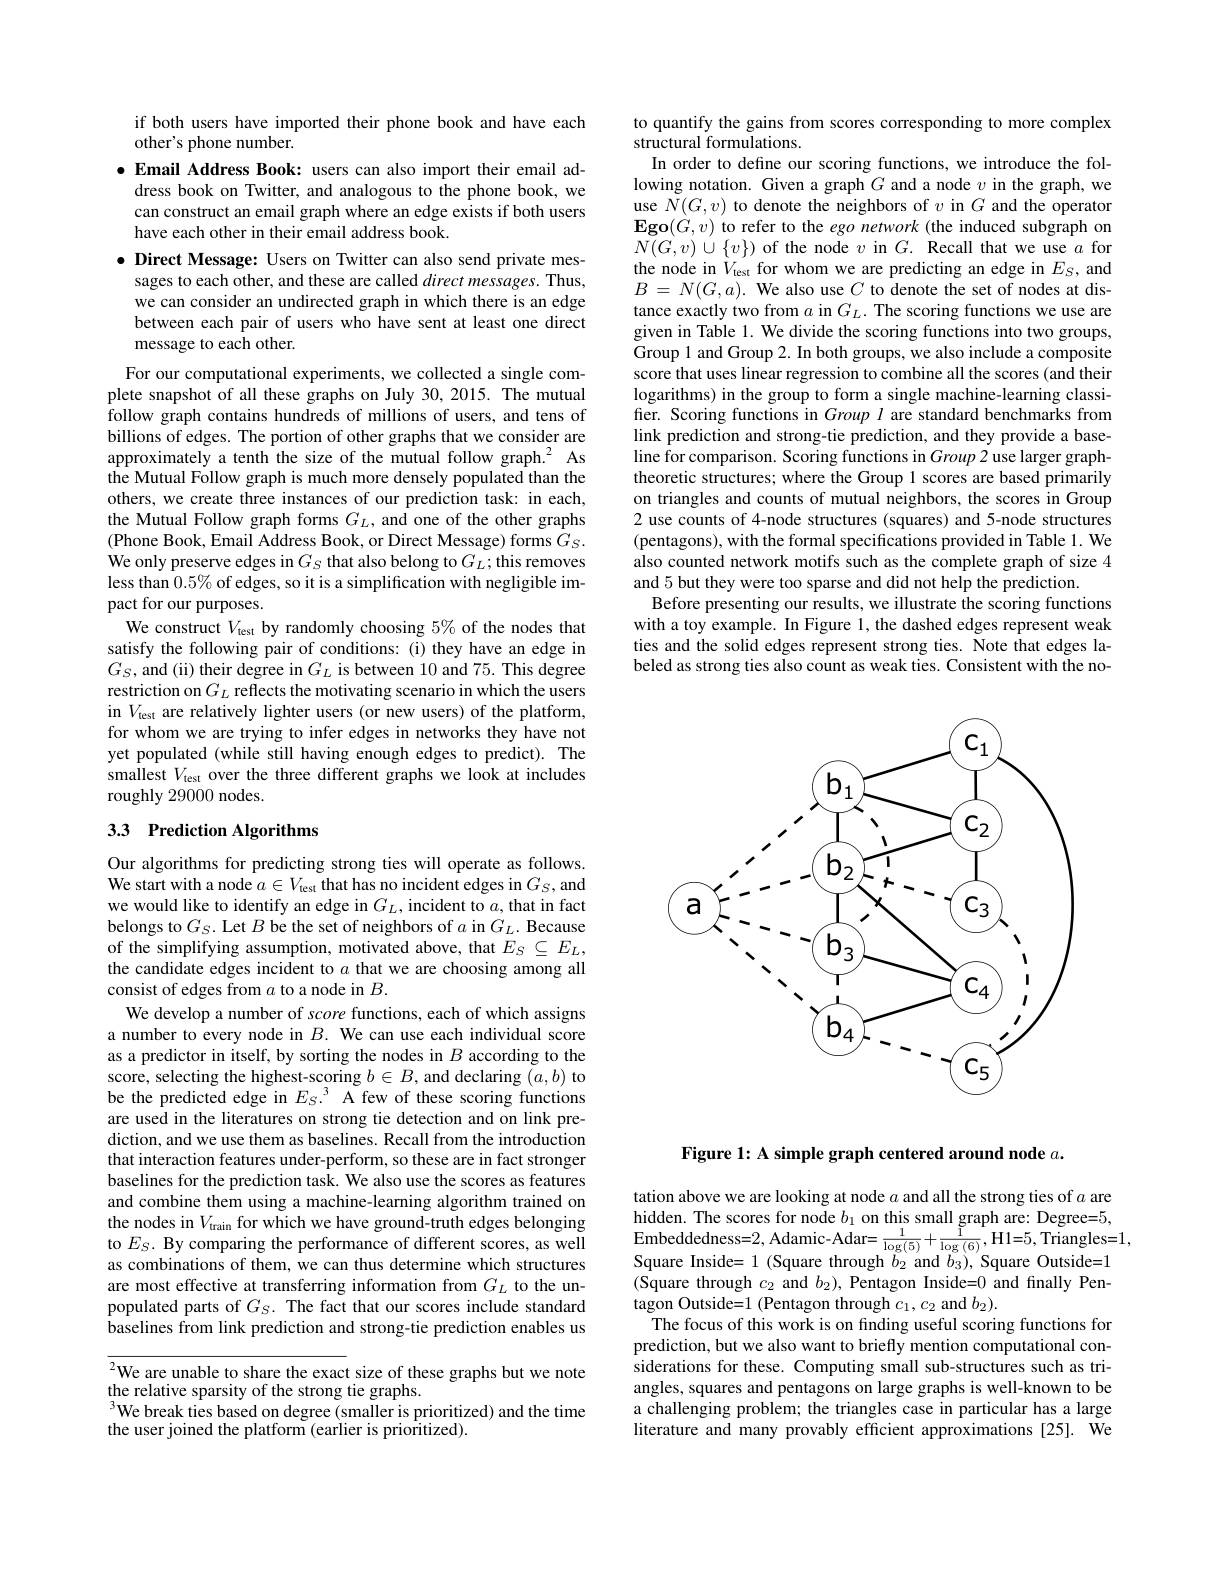
if both users have imported their phone book and have each
other's phone number.
$\bullet$ Email Address Book: users can also import their email address book on Twitter, and analogous to the phone book, we can construct an email graph where an edge exists if both users have each other in their email address book.
$\bullet$ Direct Message: Users on Twitter can also send private mes-
sages to each other, and these are called $direct\textit{messages. Thus, }$ we can consider an undirected graph in which there is an edge between each pair of users who have sent at least one direct message to each other.
For our computational experiments, we collected a single com-

plete snapshot of all these graphs on July 30,2015. The mutual follow graph contains hundreds of millions of users, and tens of billions of edges. The portion of other graphs that we consider are approximately a tenth the size of the mutual follow graph.$^{2}$ As the Mutual Follow graph is much more densely populated than the others, we create three instances of our prediction task: in each, the Mutual Follow graph forms $G_L$, and one of the other graphs (Phone Book, Email Address Book, or Direct Message) forms $G_S.$ We only preserve edges in $G_S$ that also belong to $G_L;$ this removes less than $0.5\%$ of edges, so it is a simplification with negligible impact for our purposes.
We construct $V_\mathrm{test}$ by randomly choosing $5\%$ of the nodes that satisfy the following pair of conditions: (i) they have an edge in $G_S$, and (ii) their degree in $G_L$ is between 10 and 75. This degree restriction on $G_L$ reflects the motivating scenario in which the users in $V_{\mathrm{test}}$ are relatively lighter users (or new users) of the platform, for whom we are trying to infer edges in networks they have not yet populated (while still having enough edges to predict). The smallest $V_\mathrm{test}$ over the three different graphs we look at includes roughly 29000 nodes.

# 33 Prediction Algorithms

Our algorithms for predicting strong ties will operate as follows. We start with a node $a\in V_{\mathrm{test}}$ that has no incident edges in $G_S$, and we would like to identify an edge in $G_L$, incident to $a$, that in fact belongs to $G_S.$ Let $B$ be the set of neighbors of $a$ in $G_L.$ Because of the simplifying assumption, motivated above, that $E_S\subseteq E_L$, the candidate edges incident to $a$ that we are choosing among all consist of edges from $a$ to a node in $B.$
We develop a number of score functions, each of which assigns a number to every node in $B.$ We can use each individual score as a predictor in itself, by sorting the nodes in $B$ according to the score, selecting the highest-scoring $b\in B$, and declaring $(a,b)$ to be the predicted edge in $E_S.^3$ A few of these scoring functions are used in the literatures on strong tie detection and on link prediction, and we use them as baselines. Recall from the introduction that interaction features under-perform, so these are in fact stronger baselines for the prediction task. We also use the scores as features and combine them using a machine-learning algorithm trained on the nodes in $V_\mathrm{train}$ for which we have ground-truth edges belonging to $E_S.$ By comparing the performance of different scores, as well as combinations of them, we can thus determine which structures are most effective at transferring information from $G_L$ to the unpopulated parts of $G_S.$ The fact that our scores include standard baselines from link prediction and strong-tie prediction enables us

$^{2}$We are unable to share the exact size of these graphs but we note
the relative sparsity of the strong tie graphs.
$^{3}$We break ties based on degree (smaller is prioritized) and the time
the user joined the platform (earlier is prioritized).

to quantify the gains from scores corresponding to more complex
structural formulations.
In order to define our scoring functions, we introduce the following notation. Given a graph $G$ and a node $v$ in the graph, we use $N(G,v)$ to denote the neighbors of $v$ in $G$ and the operator $\mathbf{Ego}(\dot{G},v)$ to refer to the ego network (the induced subgraph on $\bar{N(G,v)}\cup\{v\})$ of the node $v$ in $G.$ Recall that we use $a$ for the node in $V_{\mathrm{test}}$ for whom we are predicting an edge in $E_S$, and $B=N(G,a).$ We also use $C$ to denote the set of nodes at distance exactly two from $a$ in $G_L.$ The scoring functions we use are given in Table 1. We divide the scoring functions into two groups, Group 1 and Group 2. In both groups, we also include a composite score that uses linear regression to combine all the scores (and their logarithms) in the group to form a single machine-learning classifier. Scoring functions in Group $l$ are standard benchmarks from link prediction and strong-tie prediction, and they provide a baseline for comparison. Scoring functions in Group 2 use larger graphtheoretic structures; where the Group 1 scores are based primarily on triangles and counts of mutual neighbors, the scores in Group 2 use counts of 4-node structures (squares) and 5-node structures (pentagons), with the formal specifications provided in Table 1. We also counted network motifs such as the complete graph of size 4 and 5 but they were too sparse and did not help the prediction.
Before presenting our results, we illustrate the scoring functions with a toy example. In Figure 1, the dashed edges represent weak ties and the solid edges represent strong ties. Note that edges labeled as strong ties also count as weak ties. Consistent with the no-

<FigureHere>

Figure 1: A simple graph centered around node $a.$

tation above we are looking at node $a$ and all the strong ties of $a$ are hidden. The scores for node $b_1$ on this small graph are: Degree=5, Embeddedness= 2, Adamic- Adar= $\frac 1{\log ( 5) }$+ $\frac 1{\log ( 6) }$, H1= 5, Triangles= 1, Square Inside= 1 ( Square through $b_{2} $and $b_{3}) , $Square Outside= 1 (Square through $c_2$ and $b_2)$, Pentagon Inside=0 and finally Pen-
tagon Outside=1 (Pentagon through $c_1,c_2$ and $b_2).$
The focus of this work is on finding useful scoring functions for prediction, but we also want to briefly mention computational considerations for these. Computing small sub-structures such as triangles, squares and pentagons on large graphs is well-known to be a challenging problem; the triangles case in particular has a large literature and many provably efficient approximations [25]. We